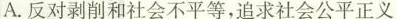
A.反对剥削和社会不平等，追求社会公平正义